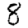
Digit: 8